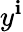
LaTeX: y^{\mathbf{i}}